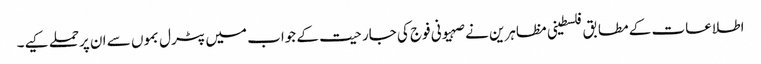
اطلاعات کے مطابق فلسطینی مظاہرین نے صہیونی فوج کی جارحیت کے جواب میں پٹرل بموں سے ان پرحملے کیے۔